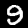
Label: 9